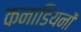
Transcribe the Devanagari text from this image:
कनाडियनों